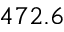
4 7 2 . 6